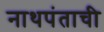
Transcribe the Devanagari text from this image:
नाथपंताची